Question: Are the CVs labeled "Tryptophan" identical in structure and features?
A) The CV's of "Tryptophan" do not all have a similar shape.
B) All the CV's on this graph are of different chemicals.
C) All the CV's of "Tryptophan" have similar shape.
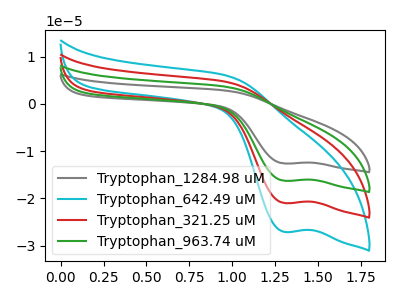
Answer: <think>The gray curve "Tryptophan_1284.98 uM" has a cathodic peak at: (1.30V, -63.05uA). The cyan curve "Tryptophan_642.49 uM" has a cathodic peak at: (1.30V, -27.10uA). The red curve "Tryptophan_321.25 uM" has a cathodic peak at: (1.30V, -21.00uA). The green curve "Tryptophan_963.74 uM" has a cathodic peak at: (1.30V, -42.05uA).
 All the peaks in "Tryptophan_1284.98 uM" have a peak in "Tryptophan_642.49 uM" at the same potential. Every peak in "Tryptophan_1284.98 uM" is higher than every peak in "Tryptophan_642.49 uM". All the peaks in "Tryptophan_1284.98 uM" have a peak in "Tryptophan_321.25 uM" at the same potential. Every peak in "Tryptophan_1284.98 uM" is higher than every peak in "Tryptophan_321.25 uM". All the peaks in "Tryptophan_1284.98 uM" have a peak in "Tryptophan_963.74 uM" at the same potential. Every peak in "Tryptophan_1284.98 uM" is higher than every peak in "Tryptophan_963.74 uM". All the peaks in "Tryptophan_642.49 uM" have a peak in "Tryptophan_321.25 uM" at the same potential. Every peak in "Tryptophan_642.49 uM" is higher than every peak in "Tryptophan_321.25 uM". All the peaks in "Tryptophan_642.49 uM" have a peak in "Tryptophan_963.74 uM" at the same potential. Every peak in "Tryptophan_642.49 uM" is lower than every peak in "Tryptophan_963.74 uM". All the peaks in "Tryptophan_321.25 uM" have a peak in "Tryptophan_963.74 uM" at the same potential. Every peak in "Tryptophan_321.25 uM" is lower than every peak in "Tryptophan_963.74 uM".</think>
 <answer>C) All the CV's of "Tryptophan" have similar shape.</answer>
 <eval>C</eval>